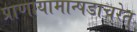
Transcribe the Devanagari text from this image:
प्राणायामान्षडाचरेत्